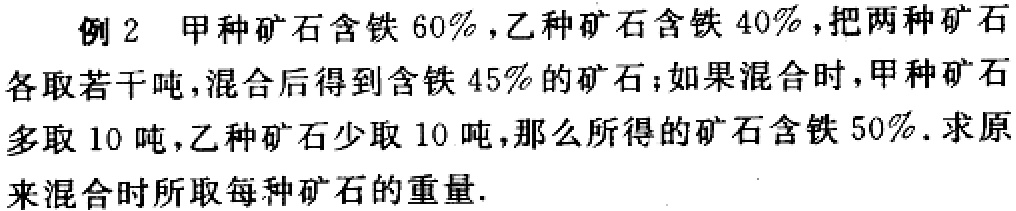
例2 甲种矿石含铁 \(60\%\)，乙种矿石含铁 \(40\%\)，把两种矿石各取若干吨，混合后得到含铁 \(45\%\)的矿石；如果混合时，甲种矿石多取 \(10\) 吨，乙种矿石少取 \(10\) 吨，那么所得的矿石含铁 \(50\%\). 求原来混合时所取每种矿石的重量.